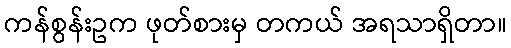
ကန်စွန်းဥက ဖုတ်စားမှ တကယ် အရသာရှိတာ။